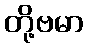
တို့ဗမာ